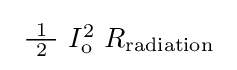
{\textstyle \ {\tfrac {\ 1\ }{2}}\ I_{\mathrm {o} }^{2}\ R_{\mathrm {radiation} }\ }